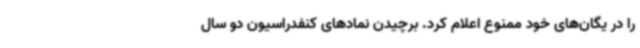
را در یگان‌های خود ممنوع اعلام کرد. برچیدن نمادهای کنفدراسیون دو سال